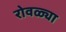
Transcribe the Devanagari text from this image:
रोवळ्या